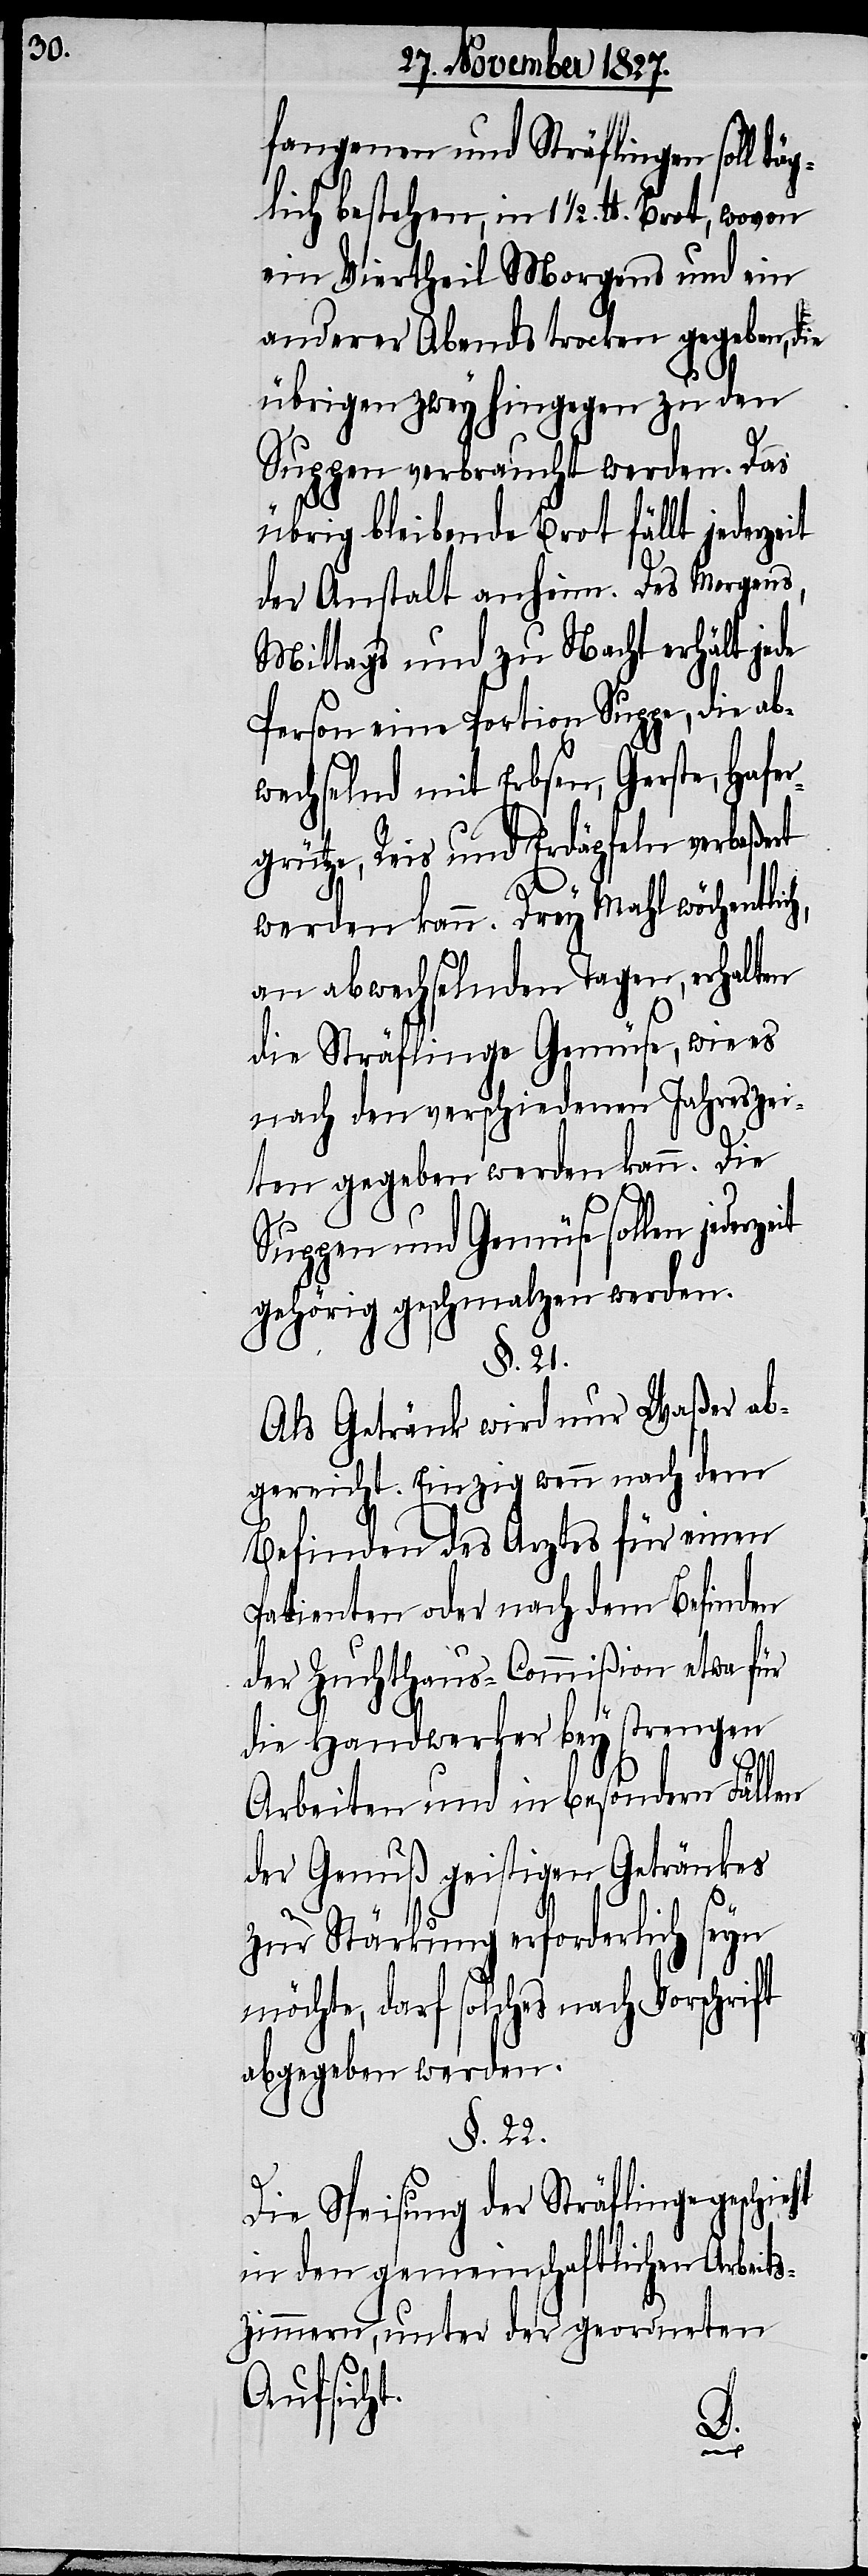
fangenen und Sträflingen soll tä¬
glich bestehen in 1 ½. lb. Brot, wovon
ein Viertheil Morgens und ein
anderer Abends trocken gegeben, die
übrigen zwey hingegen zu den
Suppen verbraucht werden. Das
übrig bleibende Brot fällt jederzeit
der Anstalt anheim. Des Morgens,
Mittags und zu Nacht erhält jede
Person eine Portion Suppe, die ab¬
wechselnd mit Erbsen, Gerste, Hafe¬
rgrütze, Reis und Erdäpfeln verbeßert
werden kann. Drey Mahl wöchentlic¬
an abwechselnden Tagen, erhalten
die Sträflinge Gemüse, wie es
nach den verschiedenen Jahreszei¬
ten gegeben werden kann. Die
Suppen und Gemüse sollen jederz¬
gehörig geschmalzen werden.
§. 21.
Als Getränk wird nur Waßer ab¬
gereicht. Einzig wenn nach dem
Befinden des Arztes für einen
Patienten oder nach dem Befinden
der Zuchthaus-Commißion etwas für
die Handwerker bey strengen
h,
Arbeiten und in besondern Fällen
der Genuß geistigen Getränkes
zur Stärkung erforderlich seyn
möchte, darf solches nach Vorschrift
abgegeben werden.
§. 22.
Die Speisung der Sträflinge geschieht
in den gemeinschaftlichen Arbeits¬
zimmern, unter der geordneten
Aufsicht.
eit